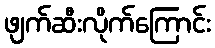
ဖျက်ဆီးလိုက်ကြောင်း